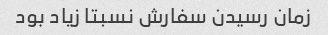
زمان رسیدن سفارش نسبتا زیاد بود